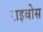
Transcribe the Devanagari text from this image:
राइबोस